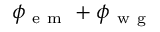
\phi _ { \mathrm { ~ e ~ m ~ } } + \phi _ { \mathrm { ~ w ~ g ~ } }